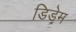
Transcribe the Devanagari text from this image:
डिडेम